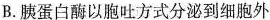
B.胰蛋白酶以胞吐方式分泌到细胞外